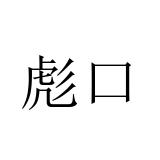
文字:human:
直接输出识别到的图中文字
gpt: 彪口